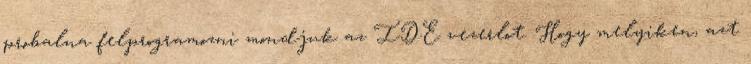
probalna felprogramozni mondjuk az IDE vezerlot. Hogy melyiken, azt